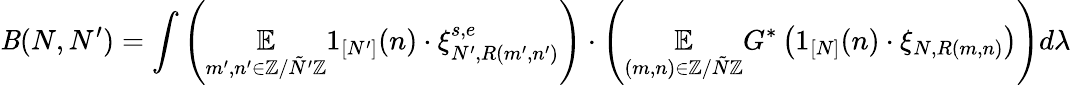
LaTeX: \mathit{B}(N,N^{\prime})=\int\left(\underset{m^{\prime},n^{\prime}\in\mathbb{{Z}}/\tilde{{N}}^{\prime}\mathbb{{Z}}}{\mathbb{{E}}}1_{[N^{\prime}]}(n)\cdot\xi_{N^{\prime},R(m^{\prime},n^{\prime})}^{s,e}\right)\cdot\left(\underset{(m,n)\in\mathbb{{Z}}/\tilde{{N}}\mathbb{{Z}}}{\mathbb{{E}}}G^{*}\left(1_{[N]}(n)\cdot\xi_{N,R(m,n)}\right)\right)d\lambda